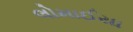
લોમાઈયા